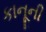
કાનૂની